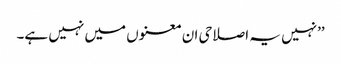
’’نہیں یہ اصلاحی ان معنوں میں نہیں ہے۔